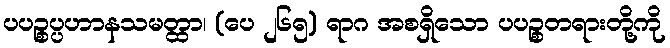
ပပဉ္စပ္ပဟာနသမတ္ထာ၊ (ပေ ၂၆၅) ရာဂ အစရှိသော ပပဉ္စတရားတို့ကို